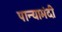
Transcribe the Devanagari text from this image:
पान्यामंदी